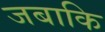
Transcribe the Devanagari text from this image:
जबाकि